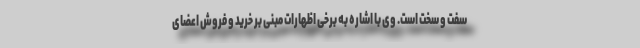
سفت و سخت است. وی با اشاره به برخی اظهارات مبنی بر خرید و فروش اعضای